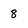
Character: 8